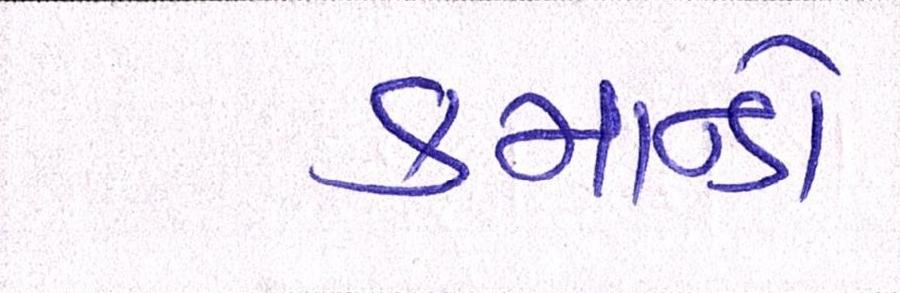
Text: કમાન્ડો